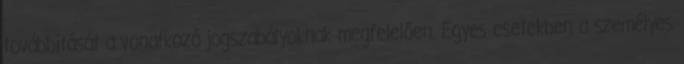
továbbítását a vonatkozó jogszabályoknak megfelelően. Egyes esetekben a személyes